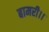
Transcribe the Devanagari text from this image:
बामरी।।